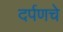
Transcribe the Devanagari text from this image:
दर्पणचे